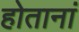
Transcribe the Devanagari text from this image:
होतानां